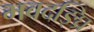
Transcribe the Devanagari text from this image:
भवदङ्घ्रि